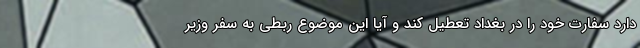
دارد سفارت خود را در بغداد تعطیل کند و آیا این موضوع ربطی به سفر وزیر